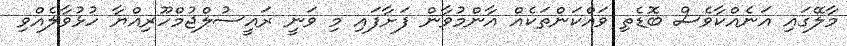
މާލޭގައި އަނެއްކާވެސް ބޮޑެތި ވައްކަންތަކެއް އާންމުވާން ފަށާފައި މި ވަނީ ރައީސުލްޖުމްހޫރިއްޔާ ހުޅުވާލެއްވި